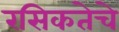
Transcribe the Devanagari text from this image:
रसिकतेचे